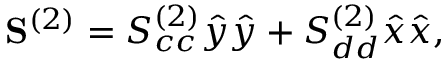
\mathbf { S } ^ { ( 2 ) } = S _ { c c } ^ { ( 2 ) } \hat { y } \hat { y } + S _ { d d } ^ { ( 2 ) } \hat { x } \hat { x } ,